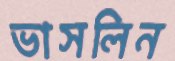
ভাসলিন